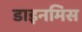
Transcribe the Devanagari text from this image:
डाइनमिस